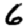
Digit: 6